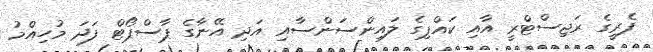
ފެރީގެ ރަޖިސްޓްރީ އާއި ކައްޕިގެ ލައިންސަންސާއި އަދި އޭނާގެ ޕާސްޕޯޓް ފަދަ މުހިއްމު